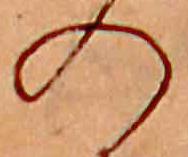
の